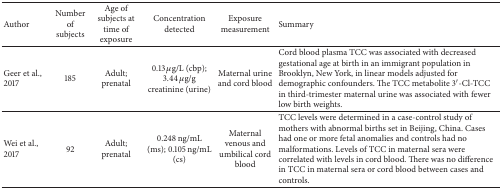
| Author | Number of subjects | Age of subjects at time of exposure | Concentration detected | Exposure measurement | Summary |
 | --- | --- | --- | --- | --- | --- |
 | Geer et al., 2017 | 185 | Adult; prenatal | 0.13 μg/L (cbp); 3.44 μg/g creatinine (urine) | Maternal urine and cord blood | Cord blood plasma TCC was associated with decreased gestational age at birth in an immigrant population in Brooklyn, New York, in linear models adjusted for demographic confounders. The TCC metabolite 3′-Cl-TCC in third-trimester maternal urine was associated with fewer low birth weights. |
 | Wei et al., 2017 | 92 | Adult; prenatal | 0.248 ng/mL (ms); 0.105 ng/mL (cs) | Maternal venous and umbilical cord blood | TCC levels were determined in a case-control study of mothers with abnormal births set in Beijing, China. Cases had one or more fetal anomalies and controls had no malformations. Levels of TCC in maternal sera were correlated with levels in cord blood. There was no difference in TCC in maternal sera or cord blood between cases and controls. |